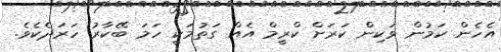
އެހެން ކަމުން ވަކިން ކަރަށް ކްރީމް އެއް ގަތުމަކީ ހަމަ ބޭކާރު ހަރަދެކެވެ.